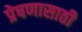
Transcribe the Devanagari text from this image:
प्रेषणासाठी